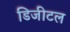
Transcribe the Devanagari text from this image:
डिजीटल